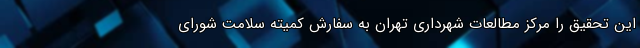
این تحقیق را مرکز مطالعات شهرداری تهران به سفارش کمیته سلامت شورای